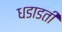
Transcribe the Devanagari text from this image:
धडाडती